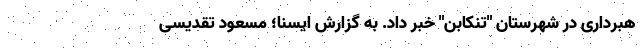
هبرداری در شهرستان "تنکابن" خبر داد. به گزارش ایسنا؛ مسعود تقدیسی